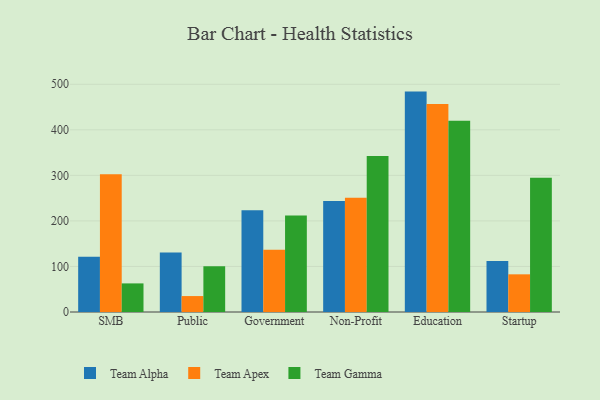
{"axis": {"x": "Segment", "y": "LTV (USD)"}, "legend": ["Team Alpha", "Team Apex", "Team Gamma"], "data": [{"x": "SMB", "y": 121.1, "type": "Team Alpha"}, {"x": "SMB", "y": 302.2, "type": "Team Apex"}, {"x": "SMB", "y": 62.8, "type": "Team Gamma"}, {"x": "Public", "y": 130.8, "type": "Team Alpha"}, {"x": "Public", "y": 35.0, "type": "Team Apex"}, {"x": "Public", "y": 100.4, "type": "Team Gamma"}, {"x": "Government", "y": 223.3, "type": "Team Alpha"}, {"x": "Government", "y": 136.8, "type": "Team Apex"}, {"x": "Government", "y": 211.8, "type": "Team Gamma"}, {"x": "Non-Profit", "y": 243.5, "type": "Team Alpha"}, {"x": "Non-Profit", "y": 251.0, "type": "Team Apex"}, {"x": "Non-Profit", "y": 342.6, "type": "Team Gamma"}, {"x": "Education", "y": 483.9, "type": "Team Alpha"}, {"x": "Education", "y": 456.8, "type": "Team Apex"}, {"x": "Education", "y": 419.9, "type": "Team Gamma"}, {"x": "Startup", "y": 111.8, "type": "Team Alpha"}, {"x": "Startup", "y": 82.7, "type": "Team Apex"}, {"x": "Startup", "y": 294.9, "type": "Team Gamma"}]}